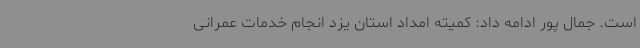
است. جمال پور ادامه داد: کمیته امداد استان یزد انجام خدمات عمرانی